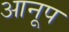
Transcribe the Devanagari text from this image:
आनूप